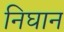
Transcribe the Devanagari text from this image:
निघान